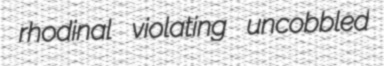
rhodinal violating uncobbled